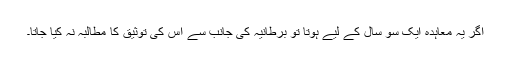
اگر یہ معاہدہ ایک سو سال کے لیے ہوتا تو برطانیہ کی جانب سے اس کی توثیق کا مطالبہ نہ کیا جاتا۔